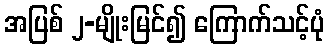
အပြစ် ၂-မျိုးမြင်၍ ကြောက်သင့်ပုံ